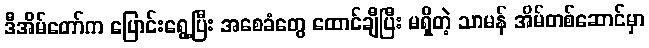
ဒီအိမ်တော်က ပြောင်းရွေ့ပြီး အစေခံတွေ ထောင်ချီပြီး မရှိတဲ့ သာမန် အိမ်တစ်ဆောင်မှာ